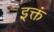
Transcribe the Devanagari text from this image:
इक्तं